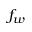
f _ { w }